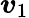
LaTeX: \boldsymbol{v}_{1}